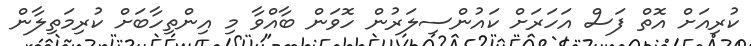
ކުރިއަށް އޮތް ފަސް އަހަރަށް ކައުންސިލަރުން ހޮވަން ބާއްވާ މި އިންތިހާބަށް ކުރިމަތިލާން